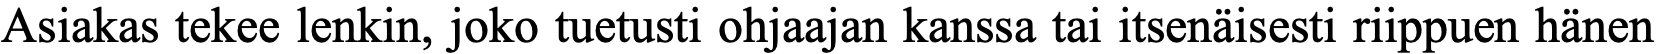
Asiakas tekee lenkin, joko tuetusti ohjaajan kanssa tai itsenäisesti riippuen hänen